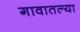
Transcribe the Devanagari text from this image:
गावातल्‍या